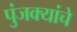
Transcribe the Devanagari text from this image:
पुंजक्यांचे